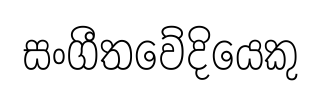
සංගීතවේදියෙකු